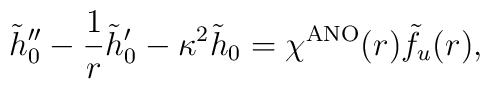
\tilde{h}_0'' - \frac{1}{r} \tilde{h}_0' - \kappa^2 \tilde{h}_0 =\chi^{\rm ANO}(r) \tilde{f}_u(r),